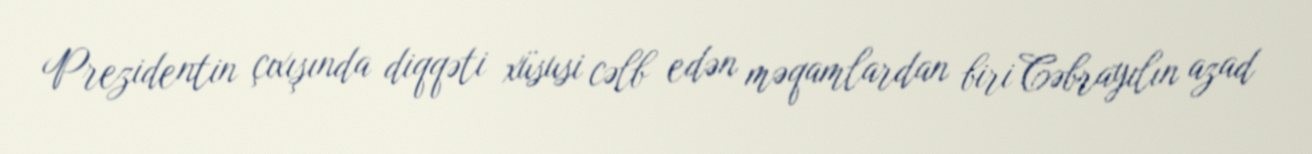
Prezidentin çıxışında diqqəti xüsusi cəlb edən məqamlardan biri Cəbrayılın azad